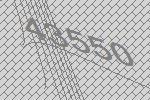
43550